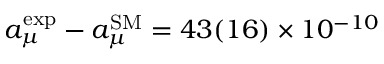
a _ { \mu } ^ { \mathrm { e x p } } - a _ { \mu } ^ { \mathrm { S M } } = 4 3 ( 1 6 ) \times 1 0 ^ { - 1 0 }